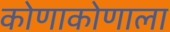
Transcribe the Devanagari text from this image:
कोणाकोणाला